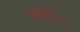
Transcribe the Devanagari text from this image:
दाली।